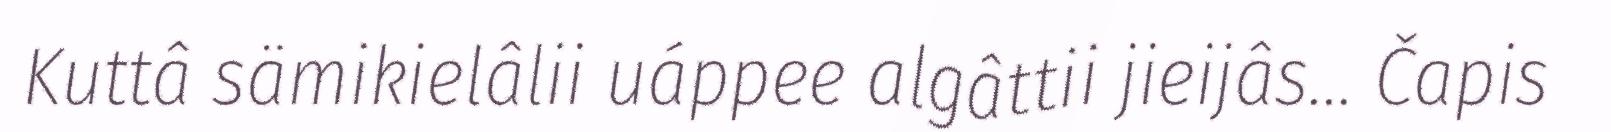
Kuttâ sämikielâlii uáppee algâttii jieijâs... Čapis